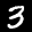
Label: 3